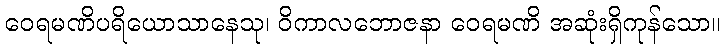
ဝေရမဏိပရိယောသာနေသု၊ ဝိကာလဘောဇနာ ဝေရမဏိ အဆုံးရှိကုန်သော။